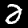
Digit: 2